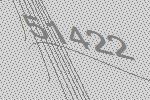
51422